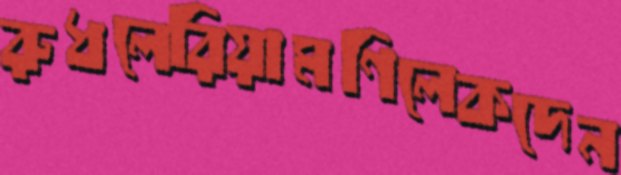
রুধলেরিয়ামণিলেকদেন